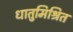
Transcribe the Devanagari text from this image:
धातुमिश्रित